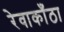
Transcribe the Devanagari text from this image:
रेवाकाँठा